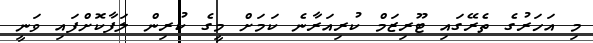
މި އަހަރުގެ ތެރޭގައި ޓޫރިޒަމް ކުރިއަރާނެ ކަމަށް މީގެ ކުރިން ލަފާކޮށްފައި ވަނީ